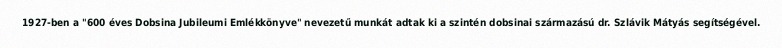
1927-ben a "600 éves Dobsina Jubileumi Emlékkönyve" nevezetű munkát adtak ki a szintén dobsinai származású dr. Szlávik Mátyás segítségével.